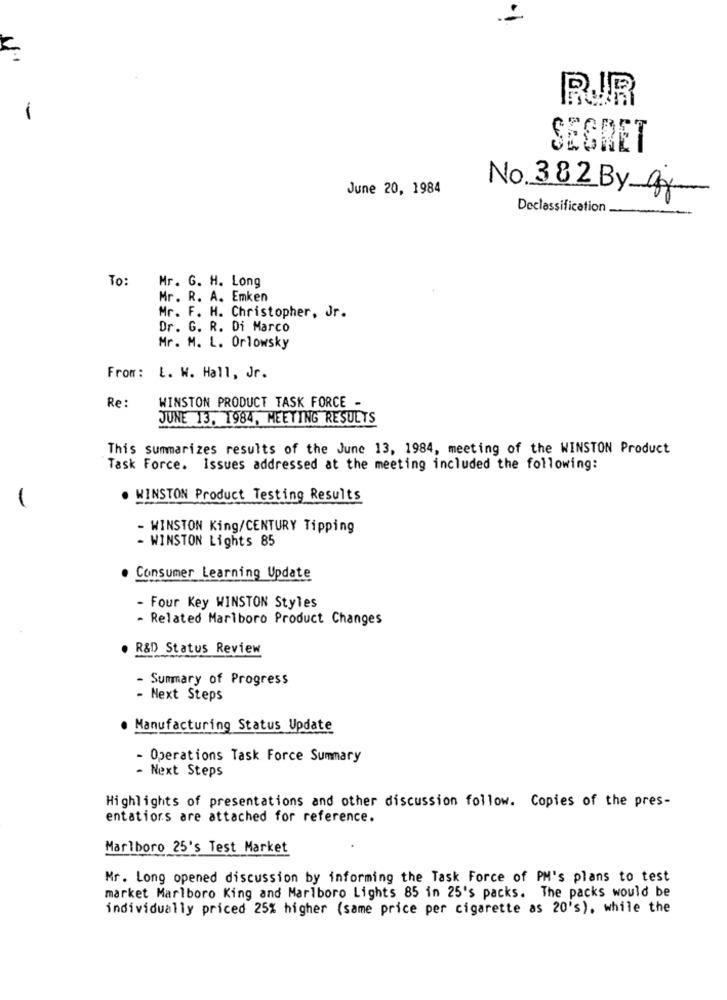
SEGRET
June 20, 1984
No. 382 By gj
Declassification.
To:
Mr. G. H. Long
Mr. R. A. Emken
Mr. F. H. Christopher, Jr.
Dr. G. R. Di Marco
Mr. M. L. Orlowsky
From: L. W. Hall, Jr.
Re:
WINSTON PRODUCT TASK FORCE -
JUNE 13. 1984, MEETING RESULTS
This summarizes results of the June 13, 1984, meeting of the WINSTON Product
Task Force. Issues addressed at the meeting included the following:
. WINSTON Product Testing Results
- WINSTON King/CENTURY Tipping
- WINSTON Lights 85
Consumer Learning Update
- Four Key WINSTON Styles
- Related Marlboro Product Changes
. R&D Status Review
Summary of Progress
- Next Steps
. Manufacturing Status Update
- Operations Task Force Summary
- Next Steps
Highlights of presentations and other discussion follow. Copies of the pres-
entations are attached for reference.
Marlboro 25's Test Market
Mr. Long opened discussion by informing the Task Force of PM's plans to test
market Marlboro King and Marlboro Lights 85 in 25's packs. The packs would be
individually priced 25% higher (same price per cigarette as 20's), while the